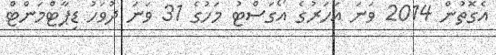
އެގޮތުން 2014 ވަނަ އަހަރުގެ އޯގަސްޓު މަހުގެ 31 ވަނަ ދުވަހު ޑިޕާޓްމަންޓް